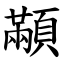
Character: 顢